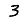
Digit: 3